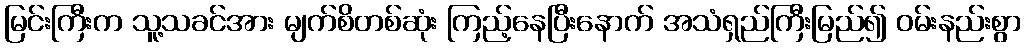
မြင်းကြီးက သူ့သခင်အား မျက်စိတစ်ဆုံး ကြည့်နေပြီးနောက် အသံရှည်ကြီးမြည်၍ ဝမ်းနည်းစွာ